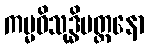
ကမ္မဝိသုဒ္ဓိမတ္တနော